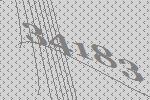
34183